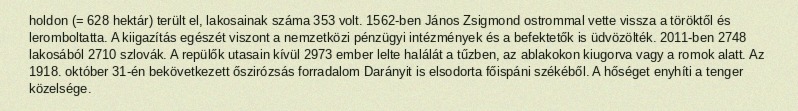
holdon (= 628 hektár) terült el, lakosainak száma 353 volt. 1562-ben János Zsigmond ostrommal vette vissza a töröktől és leromboltatta. A kiigazítás egészét viszont a nemzetközi pénzügyi intézmények és a befektetők is üdvözölték. 2011-ben 2748 lakosából 2710 szlovák. A repülők utasain kívül 2973 ember lelte halálát a tűzben, az ablakokon kiugorva vagy a romok alatt. Az 1918. október 31-én bekövetkezett őszirózsás forradalom Darányit is elsodorta főispáni székéből. A hőséget enyhíti a tenger közelsége.